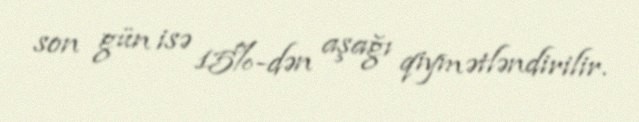
son gün isə 15%-dən aşağı qiymətləndirilir.